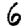
Digit: 6